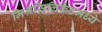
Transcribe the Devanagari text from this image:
मिश्रसिलिकेटमध्ये